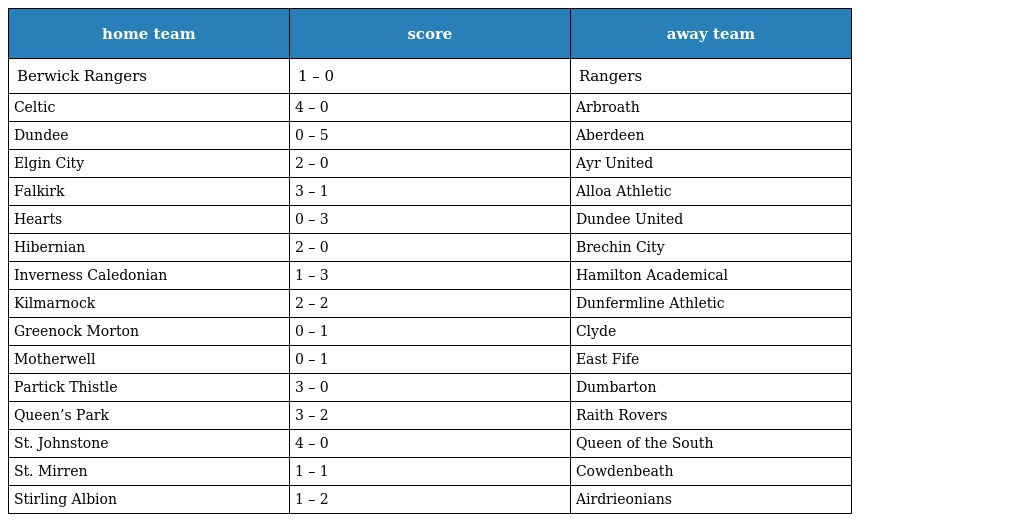
| home team | score | away team |
 | --- | --- | --- |
 | Berwick Rangers | 1 – 0 | Rangers |
 | Celtic | 4 – 0 | Arbroath |
 | Dundee | 0 – 5 | Aberdeen |
 | Elgin City | 2 – 0 | Ayr United |
 | Falkirk | 3 – 1 | Alloa Athletic |
 | Hearts | 0 – 3 | Dundee United |
 | Hibernian | 2 – 0 | Brechin City |
 | Inverness Caledonian | 1 – 3 | Hamilton Academical |
 | Kilmarnock | 2 – 2 | Dunfermline Athletic |
 | Greenock Morton | 0 – 1 | Clyde |
 | Motherwell | 0 – 1 | East Fife |
 | Partick Thistle | 3 – 0 | Dumbarton |
 | Queen’s Park | 3 – 2 | Raith Rovers |
 | St. Johnstone | 4 – 0 | Queen of the South |
 | St. Mirren | 1 – 1 | Cowdenbeath |
 | Stirling Albion | 1 – 2 | Airdrieonians |